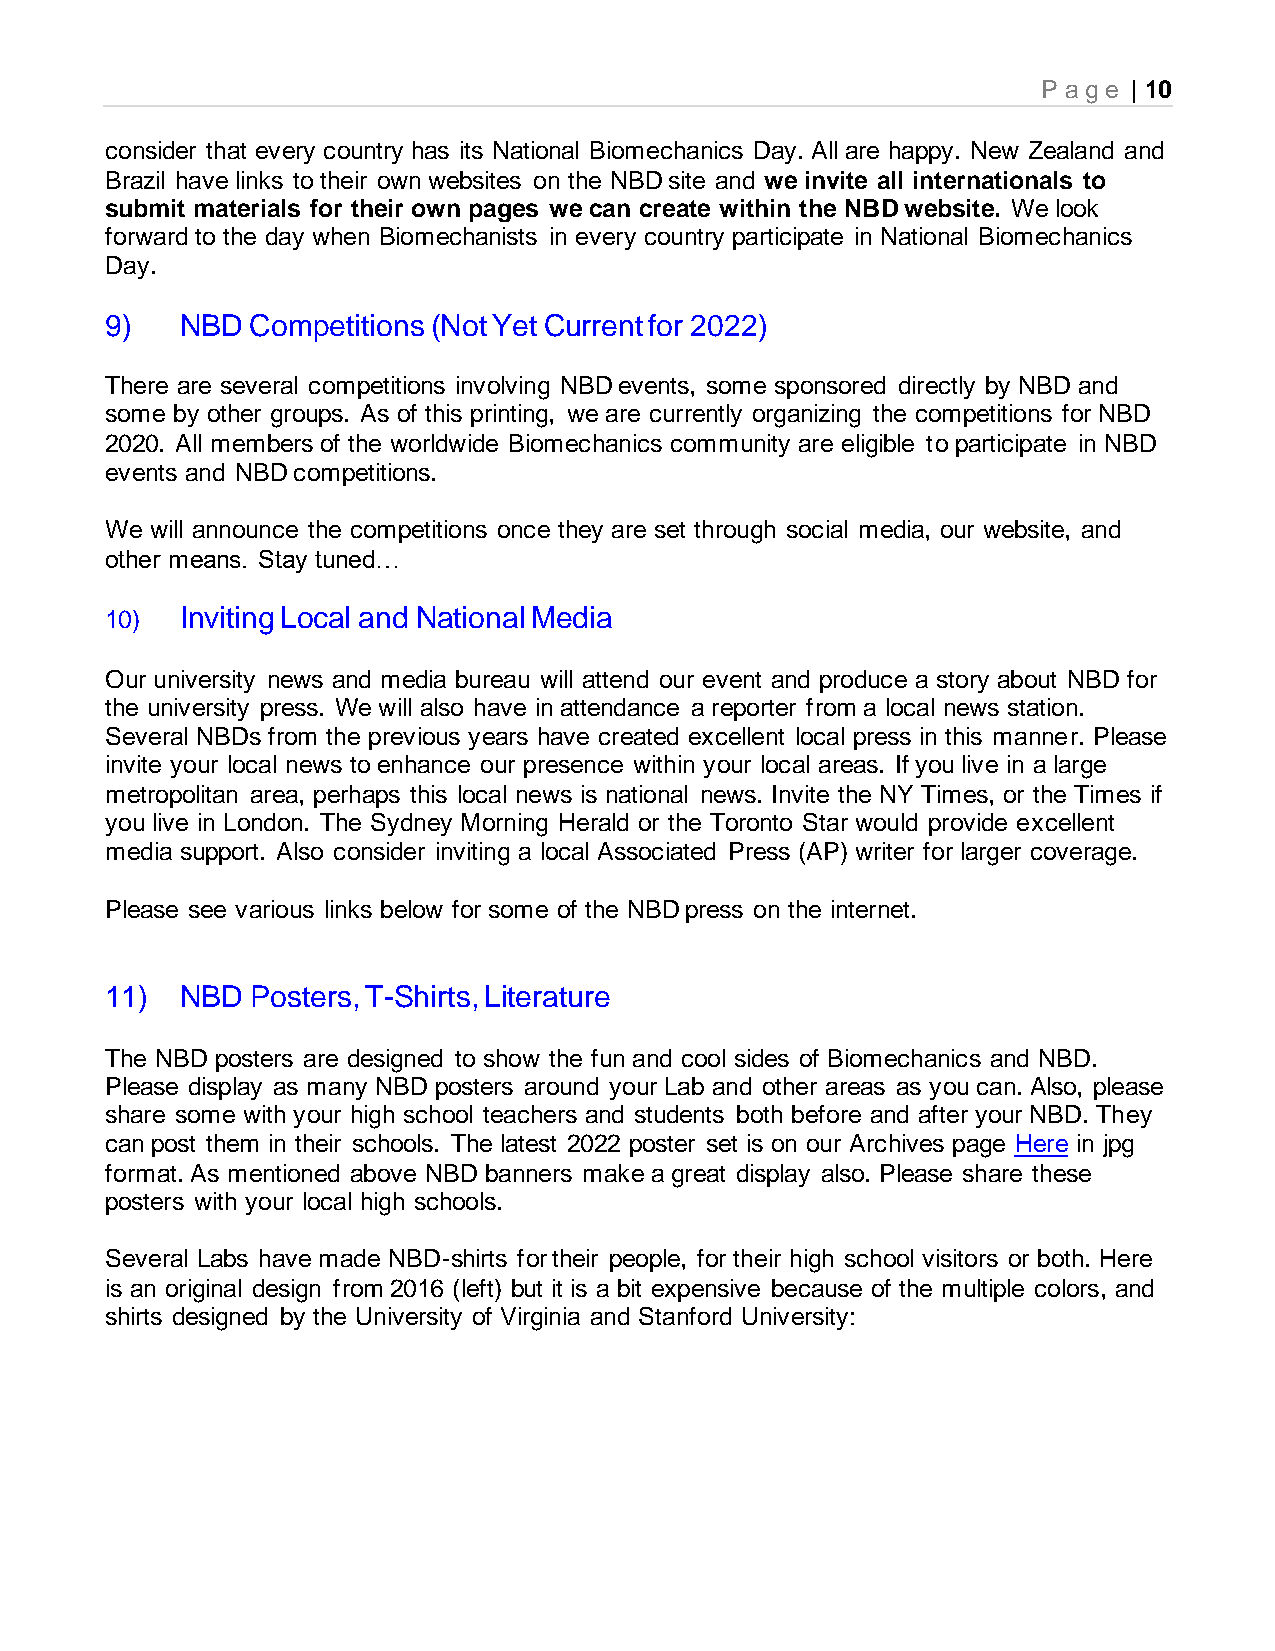
P age | 10
 consider that every country has its National Biomechanics Day. All are happy. New Zealand and
 Brazil have links to their own websites on the NBD site and we invite all internationals to
 submit materials for their own pages we can create within the NBD website. We look
 forward to the day when Biomechanists in every country participate in National Biomechanics
 Day.
 9)   NBD  Competitions (Not Yet Current for 2022)
 There are several competitions involving NBD events, some sponsored directly by NBD and
 some by other groups. As of this printing, we are currently organizing the competitions for NBD
 2020. All members of the worldwide Biomechanics community are eligible to participate in NBD
 events and NBD competitions.
 We will announce the competitions once they are set through social media, our website, and
 other means. Stay tuned…
 10)  Inviting Local and National Media
 Our university news and media bureau will attend our event and produce a story about NBD for
 the university press. We will also have in attendance a reporter from a local news station.
 Several NBDs from the previous years have created excellent local press in this manner. Please
 invite your local news to enhance our presence within your local areas. If you live in a large
 metropolitan area, perhaps this local news is national news. Invite the NY Times, or the Times if
 you live in London. The Sydney Morning Herald or the Toronto Star would provide excellent
 media support. Also consider inviting a local Associated Press (AP) writer for larger coverage.
 Please see various links below for some of the NBD press on the internet.
 11)  NBD  Posters, T-Shirts, Literature
 The NBD posters are designed to show the fun and cool sides of Biomechanics and NBD.
 Please display as many NBD posters around your Lab and other areas as you can. Also, please
 share some with your high school teachers and students both before and after your NBD. They
 can post them in their schools. The latest 2022 poster set is on our Archives page Here in jpg
 format. As mentioned above NBD banners make a great display also. Please share these
 posters with your local high schools.
 Several Labs have made NBD-shirts for their people, for their high school visitors or both. Here
 is an original design from 2016 (left) but it is a bit expensive because of the multiple colors, and
 shirts designed by the University of Virginia and Stanford University: